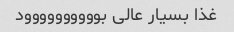
غذا بسیار عالی بوووووووووود